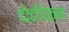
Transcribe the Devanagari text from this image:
दोहोंपेक्षा